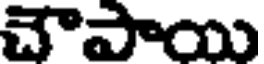
చౌపాయి